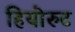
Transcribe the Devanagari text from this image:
हियोरुट